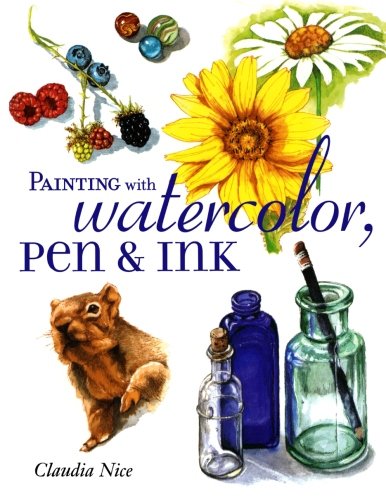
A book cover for Painting with Watercolor, Pen & Ink; Claudia Nice; Arts & Photography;